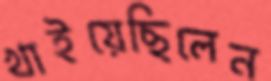
খাইয়েছিলেন